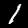
Digit: 1